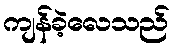
ကျန်ခဲ့လေသည်